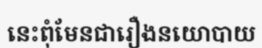
នេះពុំមែនជារឿងនយោបាយ